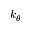
k _ { \theta }